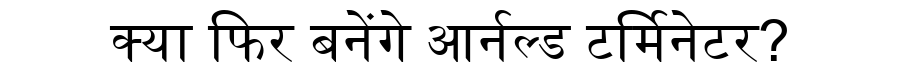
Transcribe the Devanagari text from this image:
क्या फिर बनेंगे आर्नल्ड टर्मिनेटर?